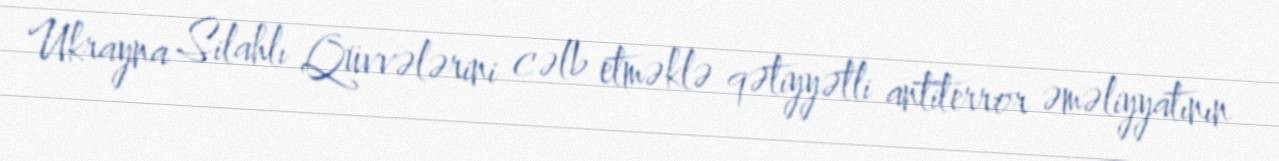
Ukrayna Silahlı Qüvvələrini cəlb etməklə qətiyyətli antiterror əməliyyatının